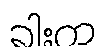
ခါးက